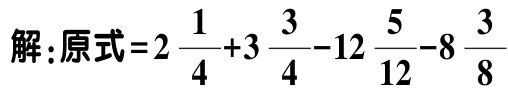
解：原式\(=2\frac{1}{4}+3\frac{3}{4}-12\frac{5}{12}-8\frac{3}{8}\)